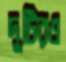
দুটিরও